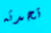
تحدثه